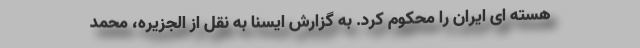
هسته ای ایران را محکوم کرد. به گزارش ایسنا به نقل از الجزیره، محمد